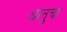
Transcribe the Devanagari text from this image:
धातुचा